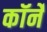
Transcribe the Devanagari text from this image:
कॉर्ने